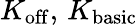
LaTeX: K_{\mathrm{off}},\, K_{\mathrm{basic}}